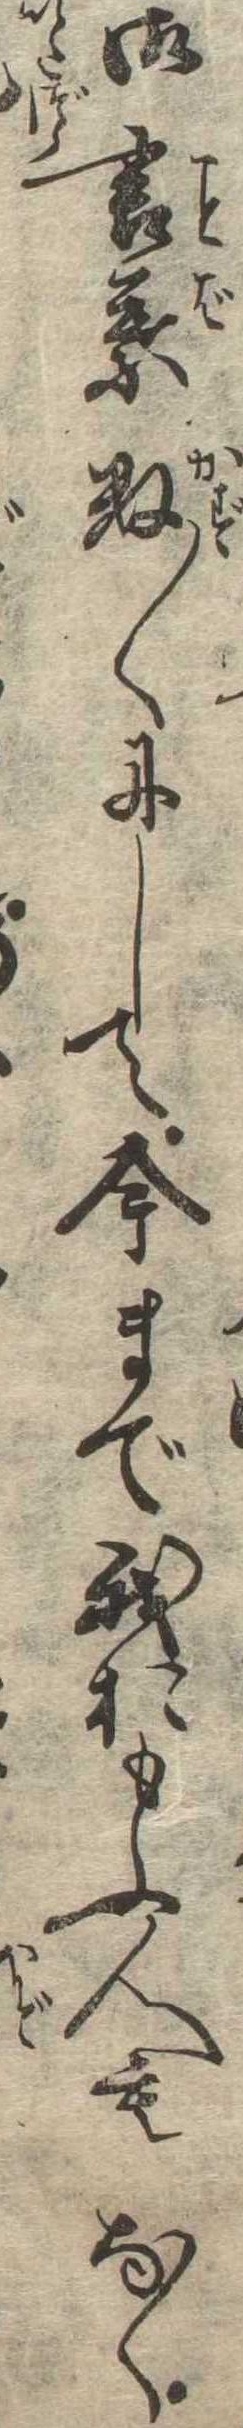
御言葉数〱にして今まで我おもふ人もなく